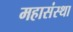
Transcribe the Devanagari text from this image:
महासंस्था